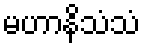
မဟာနိသံသံ